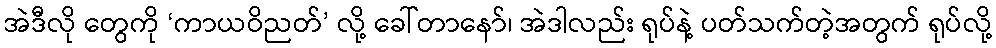
အဲဒီလို တွေကို ‘ကာယဝိညတ်’ လို့ ခေါ်တာနော်၊ အဲဒါလည်း ရုပ်နဲ့ ပတ်သက်တဲ့အတွက် ရုပ်လို့